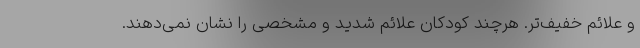
و علائم خفیف‌تر. هرچند کودکان علائم شدید و مشخصی را نشان نمی‌دهند.